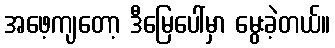
အဖေ့ကျတော့ ဒီမြေပေါ်မှာ မွေးခဲ့တယ်။